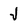
Character: J